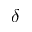
\delta